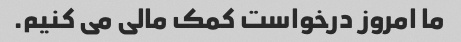
ما امروز درخواست کمک مالی می کنیم.